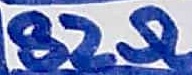
Text: 82Ω